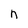
Character: n